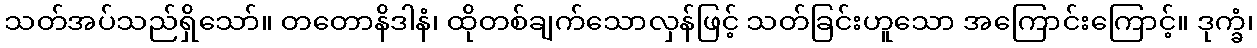
သတ်အပ်သည်ရှိသော်။ တတောနိဒါနံ၊ ထိုတစ်ချက်သောလှန်ဖြင့် သတ်ခြင်းဟူသော အကြောင်းကြောင့်။ ဒုက္ခံ၊